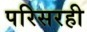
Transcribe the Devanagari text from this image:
परिसरही